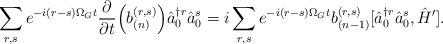
LaTeX: \begin{align*}\sum_{r,s} e^{-i (r-s) \Omega_G t} \frac{\partial}{\partial t} \Bigl(b_{(n)}^{(r, s)} \Bigr) \hat{a}^{\dagger r}_0 \hat{a}^s_0= i \sum_{r,s} e^{-i (r-s) \Omega_G t} b_{(n-1)}^{(r, s)} [\hat{a}^{\dagger r}_0 \hat{a}^s_0, \hat{H}'].\end{align*}